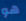
هو